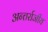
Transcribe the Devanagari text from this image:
अन्तर्राजीय